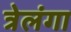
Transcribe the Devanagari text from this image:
त्रेलंगा